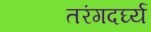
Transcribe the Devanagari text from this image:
तरंगदर्घ्य